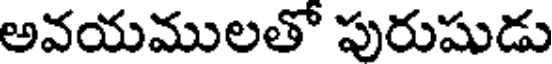
అవయములతో పురుషుడు